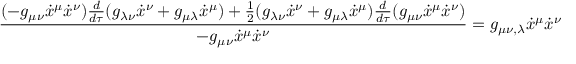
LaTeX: { \frac { ( - g _ { \mu \nu } { \dot { x } } ^ { \mu } { \dot { x } } ^ { \nu } ) { \frac { d } { d \tau } } ( g _ { \lambda \nu } { \dot { x } } ^ { \nu } + g _ { \mu \lambda } { \dot { x } } ^ { \mu } ) + { \frac { 1 } { 2 } } ( g _ { \lambda \nu } { \dot { x } } ^ { \nu } + g _ { \mu \lambda } { \dot { x } } ^ { \mu } ) { \frac { d } { d \tau } } ( g _ { \mu \nu } { \dot { x } } ^ { \mu } { \dot { x } } ^ { \nu } ) } { - g _ { \mu \nu } { \dot { x } } ^ { \mu } { \dot { x } } ^ { \nu } } } = g _ { \mu \nu , \lambda } { \dot { x } } ^ { \mu } { \dot { x } } ^ { \nu } \qquad \qquad ( 5 )